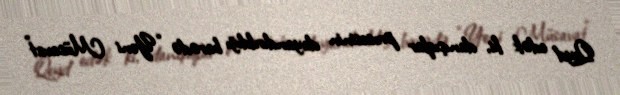
Qeyd edək ki, danışıqlar prosesinin dayandırıldığı barədə “Yeni Müsavat”